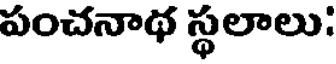
పంచనాథ స్థలాలు: